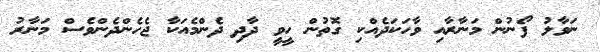
ނަވާލު ފޯނުން މަނާރާއި ވާހަކަދެއްކި ގޮތުން ހީވީ ދާދި ދެންމެއަކާ ޖެހެންދެންވެސް މަނާރު